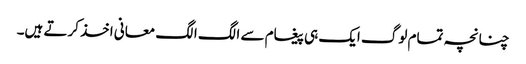
چنانچہ تمام لوگ ایک ہی پیغام سے الگ الگ معانی اخذ کرتے ہیں۔